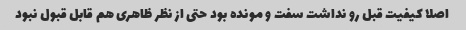
اصلا کیفیت قبل رو نداشت سفت و مونده بود حتی از نظر ظاهری هم قابل قبول نبود